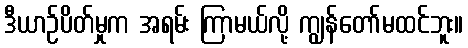
ဒီယာဉ်ပိတ်မှုက အရမ်း ကြာမယ်လို့ ကျွန်တော်မထင်ဘူး။